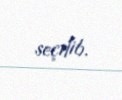
seçilib.